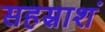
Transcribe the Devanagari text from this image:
सहस्राशं